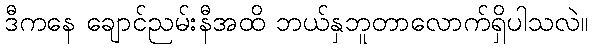
ဒီကနေ ချောင်ညမ်းနီအထိ ဘယ်နှဘူတာလောက်ရှိပါသလဲ။